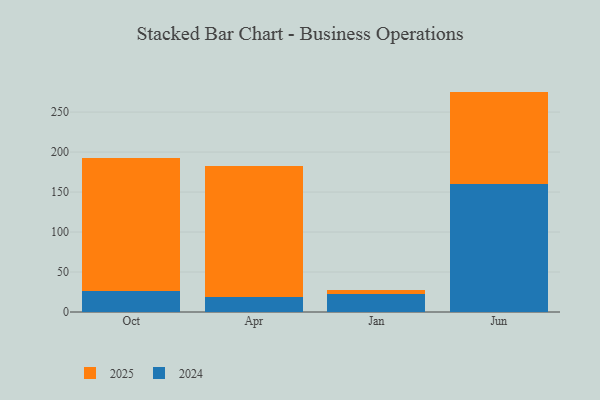
{"axis": {"x": "Month", "y": "Net Income (USD K)"}, "legend": ["2024", "2025"], "data": [{"x": "Oct", "y": 166.9, "type": "2025"}, {"x": "Oct", "y": 26.0, "type": "2024"}, {"x": "Apr", "y": 163.3, "type": "2025"}, {"x": "Apr", "y": 18.7, "type": "2024"}, {"x": "Jan", "y": 5.8, "type": "2025"}, {"x": "Jan", "y": 22.1, "type": "2024"}, {"x": "Jun", "y": 116.0, "type": "2025"}, {"x": "Jun", "y": 159.6, "type": "2024"}]}